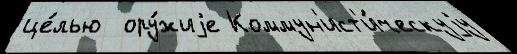
це́лью  ору́жиjе Коммун'ист'и́ческуjу